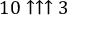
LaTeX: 1 0 \uparrow \uparrow \uparrow 3